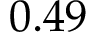
0 . 4 9